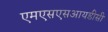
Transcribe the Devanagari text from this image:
एमएसएसआयडीसी